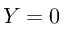
Y = 0